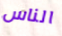
الناس